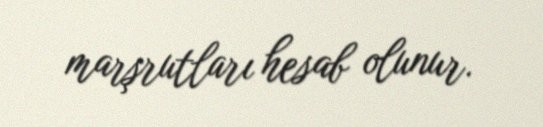
marşrutları hesab olunur.